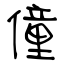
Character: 僮